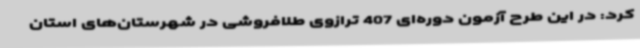
کرد: در این طرح آزمون دوره‌ای 407 ترازوی طلافروشی در شهرستان‌های استان